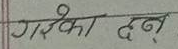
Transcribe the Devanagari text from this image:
गरिएको दन.